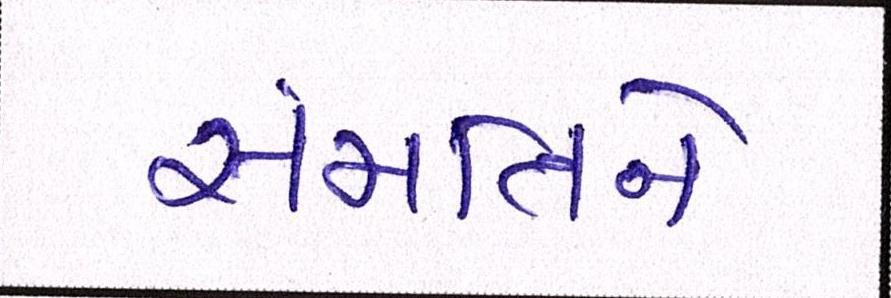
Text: સંમતિને